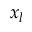
x _ { l }